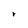
Character: r